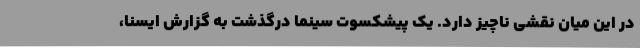
در این میان نقشی ناچیز دارد. یک پیشکسوت سینما درگذشت به گزارش ایسنا،